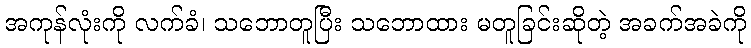
အကုန်လုံးကို လက်ခံ၊ သဘောတူပြီး သဘောထား မတူခြင်းဆိုတဲ့ အခက်အခဲကို